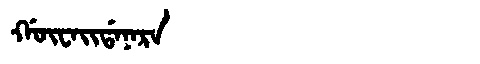
Manchu: ᡤᡡᠸᠠᡳᡩᠠᠨᠠᡵᠠ
Romanization: GŪWAIDANARA